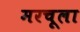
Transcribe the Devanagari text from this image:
मरचूला